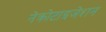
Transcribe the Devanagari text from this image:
नेक्रोटाइजेशन